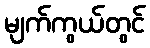
မျက်ကွယ်တွင်